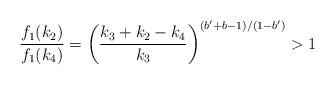
LaTeX: \begin{align*}\frac{f_1(k_2)}{f_1(k_4)} = \left ( \frac{k_3 +k_2-k_4}{k_3} \right )^{(b'+b-1)/(1-b')} > 1 \end{align*}